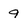
Character: 9